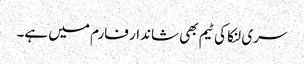
سری لنکا کی ٹیم بھی شاندار فارم میں ہے۔